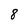
Character: 8